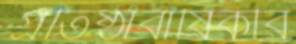
প্রতিষ্ঠাবার্ষিকীর